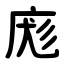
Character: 庬